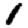
Digit: 1